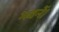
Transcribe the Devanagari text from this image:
भवनें।